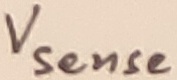
Text: Vsense